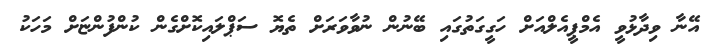
އޭނާ ވިދާޅުވީ އެމްޕީއެލްއަށް ހަގީގަތުގައި ބޭނުން ނުވާވަރަށް ތެޔޮ ސަޕްލައިކޮށްގެން ކުންފުންޏަށް މަހަކު